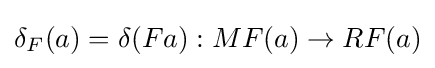
\delta _{F}(a)=\delta (Fa):MF(a)\to RF(a)